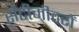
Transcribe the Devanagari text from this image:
सेंटीमीटरों